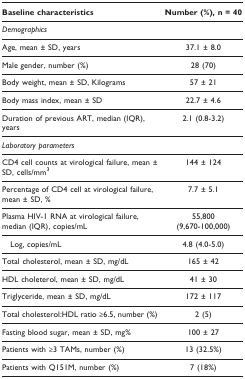
<table><thead><tr><td><b>Baseline characteristics</b></td><td><b>Number (%), n = 40</b></td></tr></thead><tbody><tr><td><i>Demographics</i></td><td></td></tr><tr><td>Age, mean ± SD, years</td><td>37.1 ± 8.0</td></tr><tr><td>Male gender, number (%)</td><td>28 (70)</td></tr><tr><td>Body weight, mean ± SD, Kilograms</td><td>57 ± 21</td></tr><tr><td>Body mass index, mean ± SD</td><td>22.7 ± 4.6</td></tr><tr><td>Duration of previous ART, median (IQR), years</td><td>2.1 (0.8-3.2)</td></tr><tr><td><i>Laboratory parameters</i></td><td></td></tr><tr><td>CD4 cell counts at virological failure, mean ± SD, cells/mm<sup>3</sup></td><td>144 ± 124</td></tr><tr><td>Percentage of CD4 cell at virological failure, mean ± SD, %</td><td>7.7 ± 5.1</td></tr><tr><td>Plasma HIV-1 RNA at virological failure, median (IQR), copies/mL</td><td>55,800(9,670-100,000)</td></tr><tr><td> Log, copies/mL</td><td>4.8 (4.0-5.0)</td></tr><tr><td>Total cholesterol, mean ± SD, mg/dL</td><td>165 ± 42</td></tr><tr><td>HDL choleterol, mean ± SD, mg/dL</td><td>41 ± 30</td></tr><tr><td>Triglyceride, mean ± SD, mg/dL</td><td>172 ± 117</td></tr><tr><td>Total cholesterol:HDL ratio ≥6.5, number (%)</td><td>2 (5)</td></tr><tr><td>Fasting blood sugar, mean ± SD, mg%</td><td>100 ± 27</td></tr><tr><td>Patients with ≥3 TAMs, number (%)</td><td>13 (32.5%)</td></tr><tr><td>Patients with Q151M, number (%)</td><td>7 (18%)</td></tr></tbody></table>